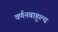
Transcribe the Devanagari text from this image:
वर्णनबाहुल्य